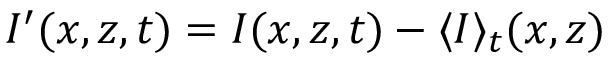
I ^ { \prime } ( x , z , t ) = I ( x , z , t ) - \langle I \rangle _ { t } ( x , z )